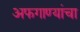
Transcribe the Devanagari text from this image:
अफगाण्यांचा